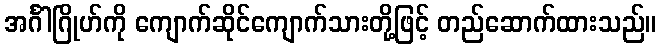
အင်္ဂါဂြိုဟ်ကို ကျောက်ဆိုင်ကျောက်သားတို့ဖြင့် တည်ဆောက်ထားသည်။